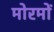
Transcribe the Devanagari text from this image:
मोरमों